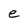
Character: e